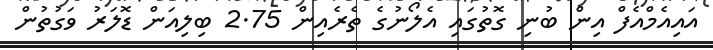
އައިއެމްއެފް އިން ބުނި ގޮތުގައި އެލޯނުގެ ތެރެއިން 2.75 ބިލިއަން ޑޮލަރު ވަގުތުން